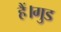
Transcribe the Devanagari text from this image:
हैं।गुड